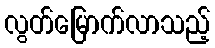
လွတ်မြောက်လာသည့်